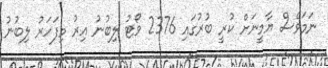
ނަމަވެސް ޔާމީނަށް ކުރީ ބުރުގައި 2376 ވޯޓު ލިބުނު އިރު މިފަހަރު ލިބުނު